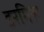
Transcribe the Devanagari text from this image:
डरमिस